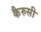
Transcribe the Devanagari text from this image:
कैरुसी